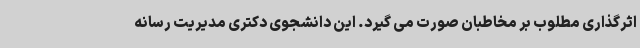
اثرگذاری مطلوب بر مخاطبان صورت می گیرد. این دانشجوی دکتری مدیریت رسانه